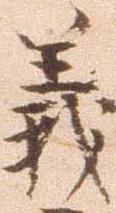
義